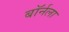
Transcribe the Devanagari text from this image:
बॉर्नला